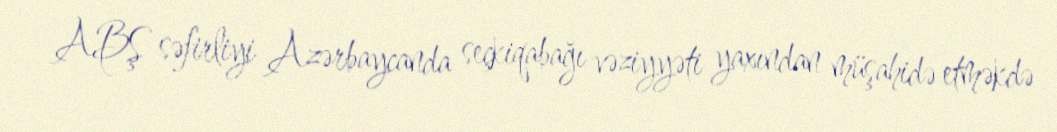
ABŞ səfirliyi Azərbaycanda seçkiqabağı vəziyyəti yaxından müşahidə etməkdə